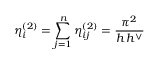
\eta _ { i } ^ { ( 2 ) } = \sum _ { j = 1 } ^ { n } \eta _ { i j } ^ { ( 2 ) } = \frac { \pi ^ { 2 } } { h \, h ^ { \vee } }